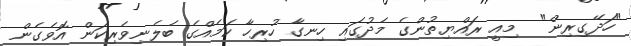
"ހަދޭގިރިން"  މިއީ ރައްޔިތުންގެ މެދުގައި ހިނގާ ހުރިހާ ކަމެއްގެ ބެލެނިވެރިކަން އޮވެގެން